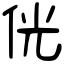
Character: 侊